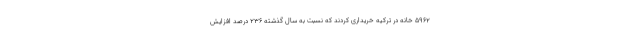
۵۹۶۲ خانه در ترکیه خریداری کردند که نسبت به سال گذشته ۲۳۶ درصد افزایش